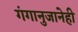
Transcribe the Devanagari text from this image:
गंगानुजानेही